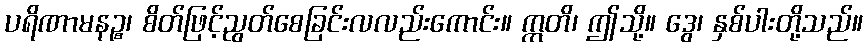
ပရိဏာမနဉ္စ၊ စိတ်ဖြင့်ညွတ်စေခြင်းလလည်းကောင်း။ ဣတိ၊ ဤသို့။ ဒွေ၊ နှစ်ပါးတို့သည်။